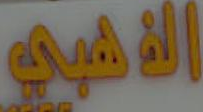
الذهبي